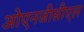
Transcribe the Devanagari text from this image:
ओएनजीसीएल